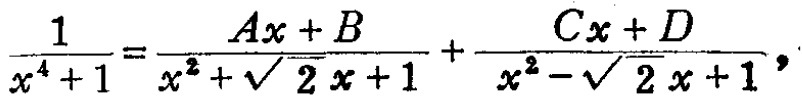
\(\frac{1}{x^{4}+1}=\frac{Ax + B}{x^{2}+\sqrt{2}x + 1}+\frac{Cx + D}{x^{2}-\sqrt{2}x + 1}\)